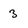
Character: 3